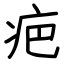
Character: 疤